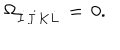
\Omega _ { \dot { I } \dot { J } K \dot { L } } \, = \, 0 .